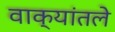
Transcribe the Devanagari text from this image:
वाक्यांतले